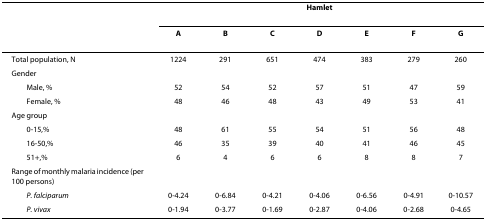
|  | <COLSPAN=7> Hamlet |
 |  | A | B | C | D | E | F | G |
 | --- | --- | --- | --- | --- | --- | --- | --- |
 | Total population, N | 1224 | 291 | 651 | 474 | 383 | 279 | 260 |
 | Gender |  |  |  |  |  |  |  |
 | Male, % | 52 | 54 | 52 | 57 | 51 | 47 | 59 |
 | Female, % | 48 | 46 | 48 | 43 | 49 | 53 | 41 |
 | Age group |  |  |  |  |  |  |  |
 | 0-15,% | 48 | 61 | 55 | 54 | 51 | 56 | 48 |
 | 16-50,% | 46 | 35 | 39 | 40 | 41 | 46 | 45 |
 | 51+,% | 6 | 4 | 6 | 6 | 8 | 8 | 7 |
 | Range of monthly malaria incidence (per 100 persons) |  |  |  |  |  |  |  |
 | P. falciparum | 0-4.24 | 0-6.84 | 0-4.21 | 0-4.06 | 0-6.56 | 0-4.91 | 0-10.57 |
 | P. vivax | 0-1.94 | 0-3.77 | 0-1.69 | 0-2.87 | 0-4.06 | 0-2.68 | 0-4.65 |